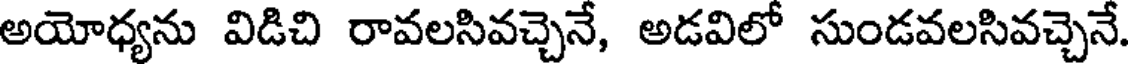
అయోధ్యను విడిచి రావలసివచ్చెనే, అడవిలో సుండవలసివచ్చెనే.